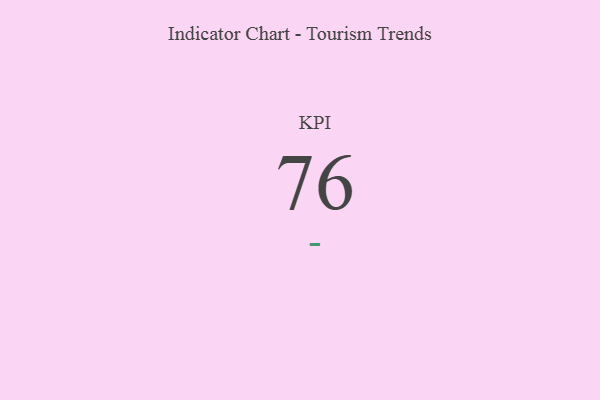
{"axis": {"x": "KPI", "y": "Value"}, "legend": [""], "data": [{"x": "KPI", "y": 76, "type": ""}]}